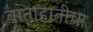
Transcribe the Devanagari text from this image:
वाताहातीचा